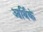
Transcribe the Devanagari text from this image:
आर्थिकं